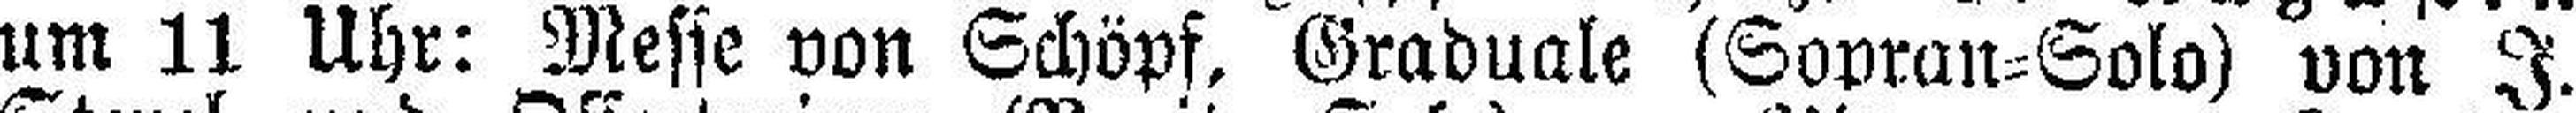
um 11 Uhr: Messe von Schöpf, Graduale (Sopran=Solo) von J.